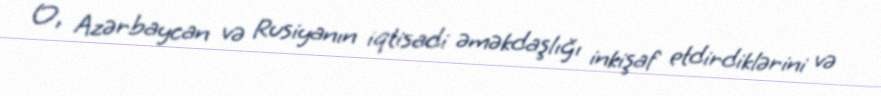
O, Azərbaycan və Rusiyanın iqtisadi əməkdaşlığı inkişaf etdirdiklərini və